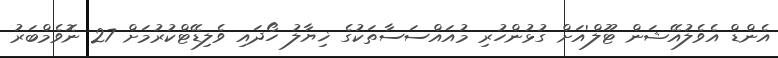
އެންޑް އެވެލުއޭޝަން ޓޫލް'އަށް ގުޅުންހުރި މުއައްސަސާތަކުގެ ޚިޔާލު ހޯދައި ވެލިޑޭޓްކުރުމަށް 27 ނޮވެމްބަރު